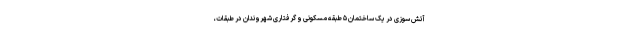
آتش سوزی در یک ساختمان ۵ طبقه مسکونی و گرفتاری شهروندان در طبقات،